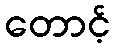
တောင့်